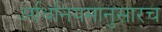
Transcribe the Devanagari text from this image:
अधिनियमानुसारच